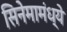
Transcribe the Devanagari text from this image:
सिनेमामंध्ये